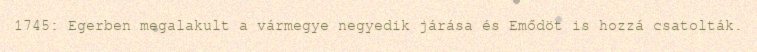
1745: Egerben megalakult a vármegye negyedik járása és Emődöt is hozzá csatolták.